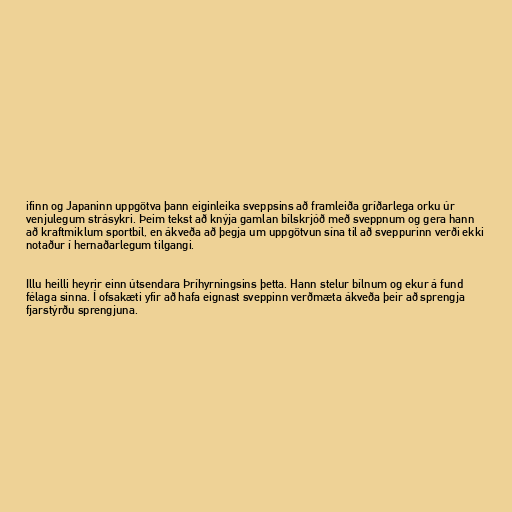
ifinn og Japaninn uppgötva þann eiginleika sveppsins að framleiða gríðarlega orku úr
venjulegum strásykri. Þeim tekst að knýja gamlan bílskrjóð með sveppnum og gera hann
að kraftmiklum sportbíl, en ákveða að þegja um uppgötvun sína til að sveppurinn verði ekki
notaður í hernaðarlegum tilgangi.

Illu heilli heyrir einn útsendara Þríhyrningsins þetta. Hann stelur bílnum og ekur á fund
félaga sinna. Í ofsakæti yfir að hafa eignast sveppinn verðmæta ákveða þeir að sprengja
fjarstýrðu sprengjuna.